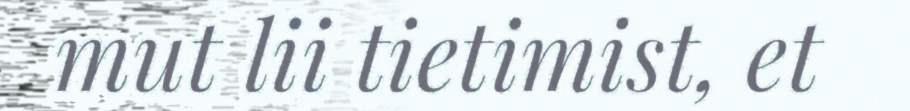
mut lii tietimist, et